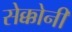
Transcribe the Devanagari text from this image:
सेक्कोनी